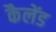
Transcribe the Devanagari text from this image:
कैलेंड